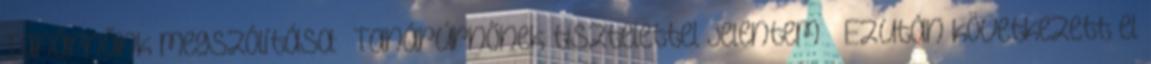
Tanárnőink megszólítása: „Tanárúrnőnek tisztelettel jelentem ” Ezután következett el